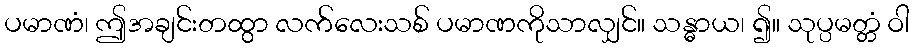
ပမာဏံ၊ ဤအချင်းတထွာ လက်လေးသစ် ပမာဏကိုသာလျှင်။ သန္ဓာယ၊ ၍။ သုပ္ပမတ္တံ ဝါ